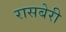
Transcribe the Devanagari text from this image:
रासबेरी